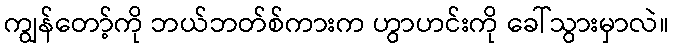
ကျွန်တော့်ကို ဘယ်ဘတ်စ်ကားက ဟွာဟင်းကို ခေါ်သွားမှာလဲ။